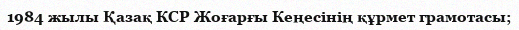
1984 жылы Қазақ КСР Жоғарғы Кеңесінің құрмет грамотасы;